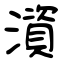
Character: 澬